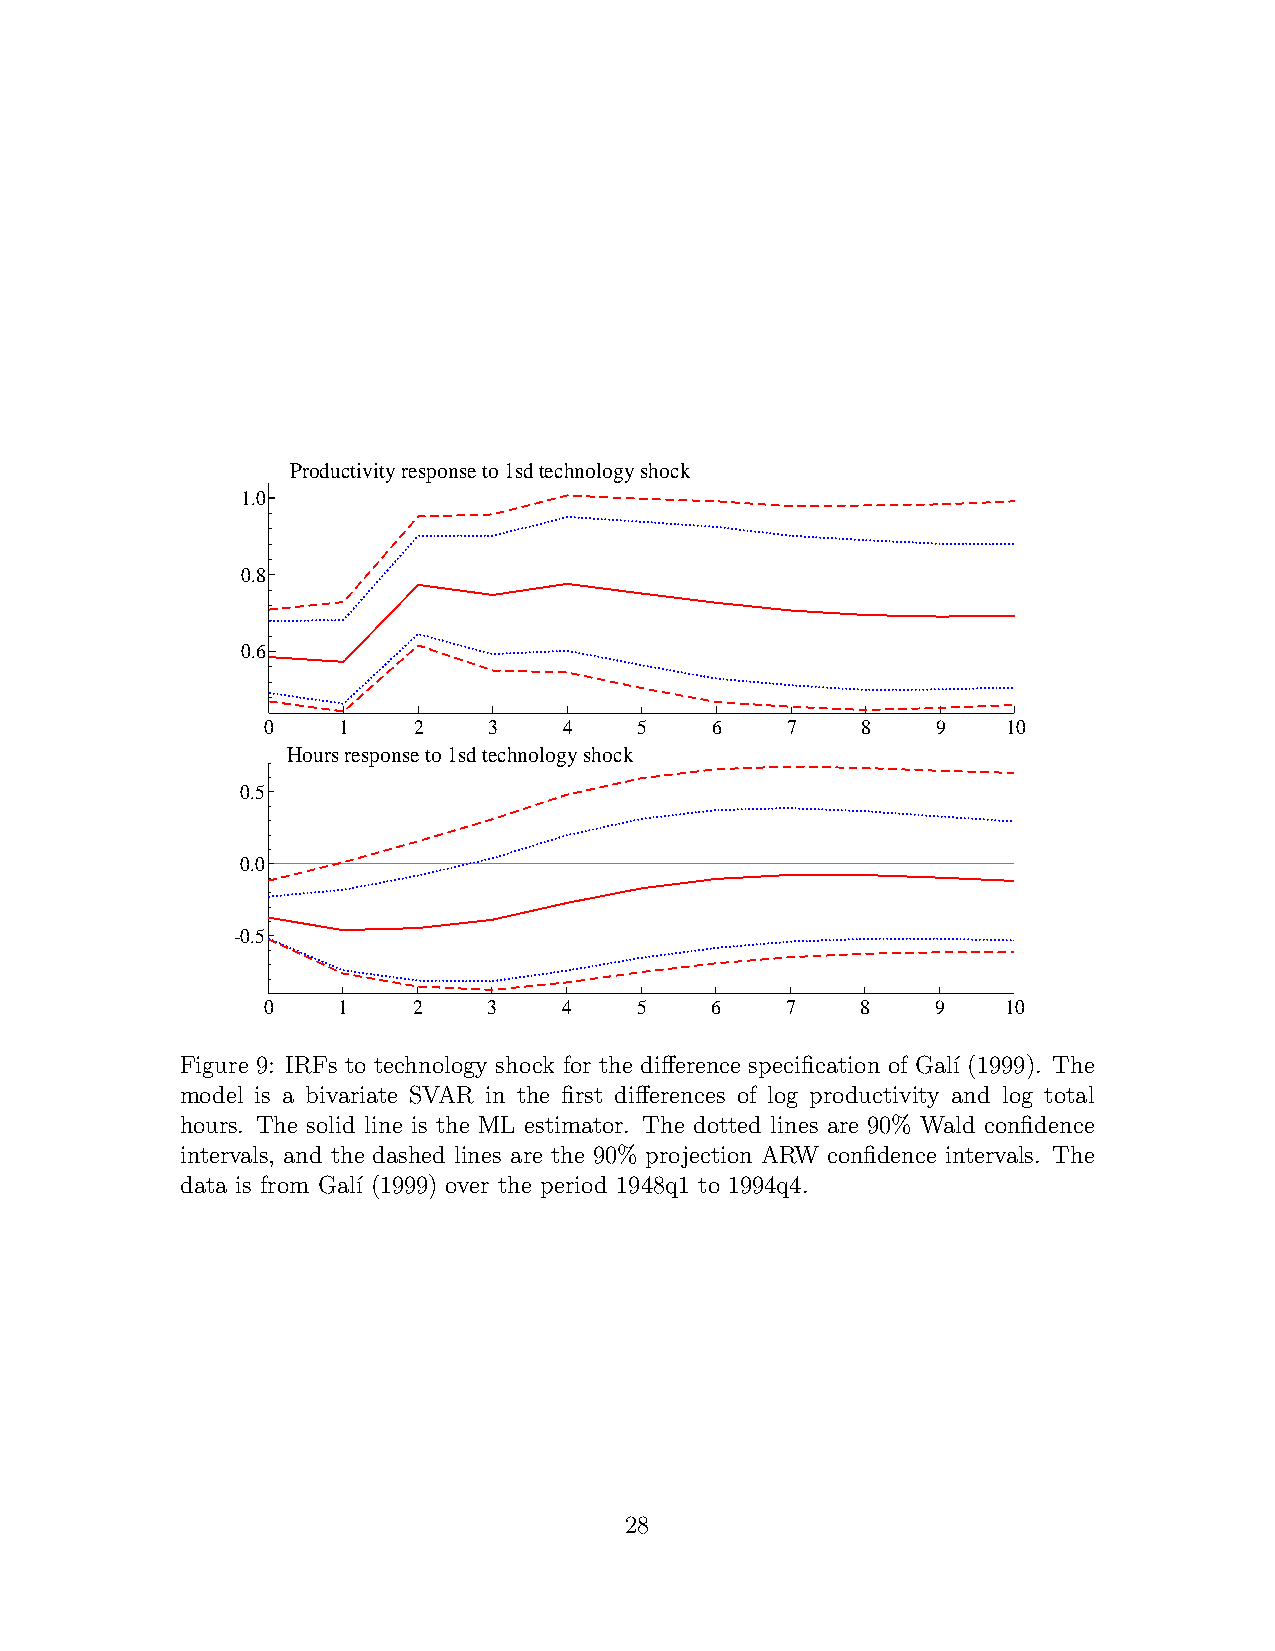
Productivity response to 1sd technology shock
 1.0
 0.8
 0.6
 0   1    2    3    4    5    6    7    8    9    10
 Hours response to 1sd technology shock
 0.5
 0.0
 -0.5
 0    1    2    3    4    5    6    7    8    9    10
 Figure 9: IRFs to technology shock for the difference specification of Gal´ı (1999). The
 model is a bivariate SVAR in the first differences of log productivity and log total
 hours. The solid line is the ML estimator. The dotted lines are 90% Wald confidence
 intervals, and the dashed lines are the 90% projection ARW confidence intervals. The
 data is from Gal´ı (1999) over the period 1948q1 to 1994q4.
 28